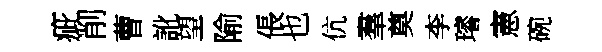
疵削曹訛望隃倀也伉羣奠李璿憲碗